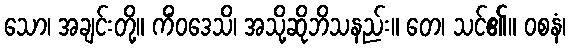
သော၊ အချင်းတို့။ ကိံဝဒေသိ၊ အသို့ဆိုဘိသနည်း။ တေ၊ သင်၏။ ဝစနံ၊